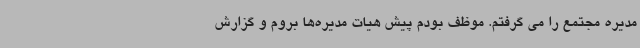
مدیره مجتمع را می گرفتم. موظف بودم پیش هیات مدیره‌ها بروم و گزارش